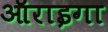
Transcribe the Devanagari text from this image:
ऑराइगा